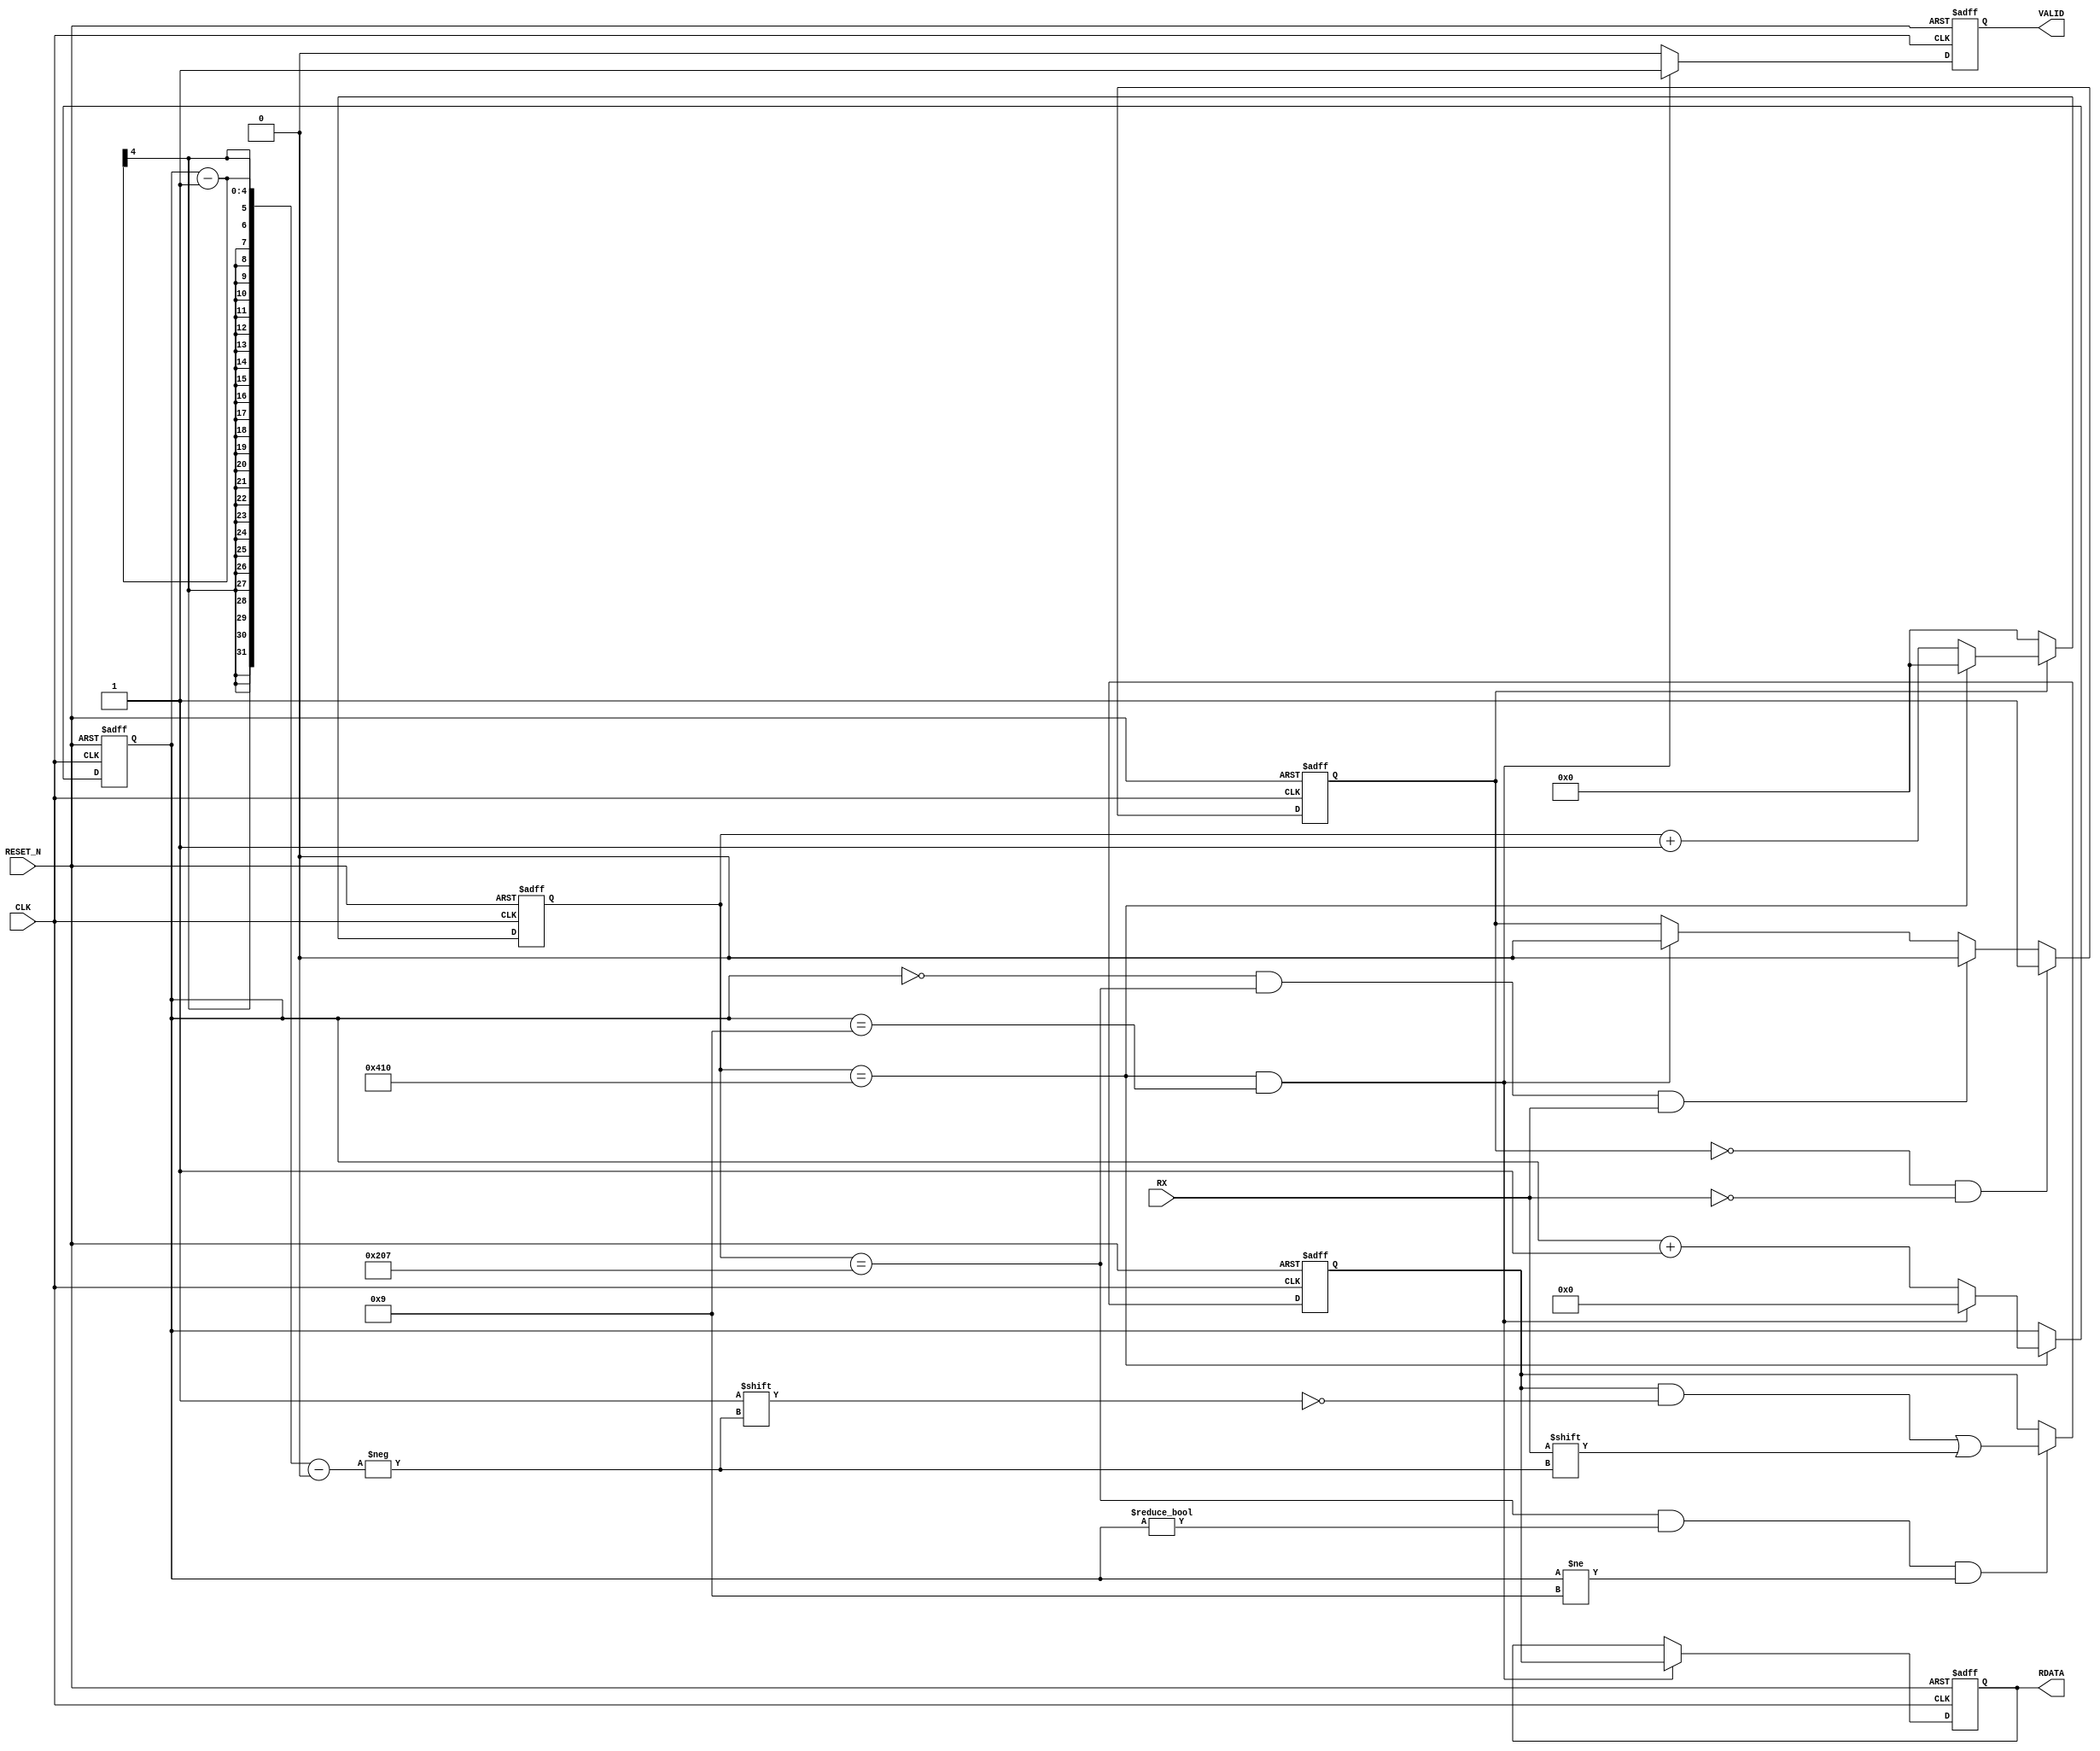

/*
 * version : 1.1
 * addr    : whu.edu.ionosphereLab
 */

module UART_RX #(parameter BAUDRATE = 9600, parameter CLK_FREQ = 10_000_000)(
    input                 CLK,
    input                 RESET_N,
    input                 RX,
    output reg    [7:0]   RDATA,
    output reg            VALID
    );

    localparam T = CLK_FREQ / BAUDRATE;

    reg                   BUSY; // BUSY1
	reg    [7:0]          DATA_OUT_reg;//
    reg    [3:0]          cnt_bit; // cnt_clkcnt_bit1810
    reg    [31:0]         cnt_clk;
	 
    assign                end_cnt_clk = (cnt_clk == T - 1);
    assign                end_cnt_bit = (end_cnt_clk && cnt_bit == 9);




    always @(posedge CLK or negedge RESET_N) begin
        if(!RESET_N)
            BUSY <= 0; 
        else if(BUSY == 0 && RX == 0)
            BUSY <= 1;
        else if(cnt_bit == 0 && cnt_clk == T / 2 - 1 && RX == 1)
            BUSY <= 0;
        else if(end_cnt_bit)
            BUSY <= 0;
    end
    
   
    
    always @(posedge CLK or negedge RESET_N) begin
        if(!RESET_N)
            cnt_clk <= 0;
        else if(BUSY) begin
            if(end_cnt_clk)
                cnt_clk <= 0;
            else
                cnt_clk <= cnt_clk + 1;
        end else
            cnt_clk <= 0;
    end
    


    always @(posedge CLK or negedge RESET_N) begin
        if(!RESET_N)
            cnt_bit <= 0;
        else if(end_cnt_clk) begin
            if(end_cnt_bit)
                cnt_bit <= 0;
            else
                cnt_bit <= cnt_bit + 1;
        end
    end    


    
    // 
    always @(posedge CLK or negedge RESET_N) begin
        if(!RESET_N)
            DATA_OUT_reg <= 0;
        else if(cnt_clk == T / 2 - 1 && cnt_bit != 0 && cnt_bit != 9)
            DATA_OUT_reg[cnt_bit - 1] <= RX;
    end


    
    always @(posedge CLK or negedge RESET_N) begin
        if(!RESET_N) begin
            RDATA <= 0;
            VALID <= 0;
        end else if(end_cnt_bit) begin
            VALID <= 1;
            RDATA <= DATA_OUT_reg;
        end else
            VALID <= 0;
    end
    
endmodule